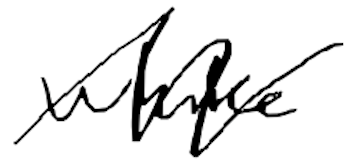
Text: while
Cross-out: zig-zag
Writing tool: digital_black